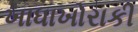
ખાધાખોરાકી